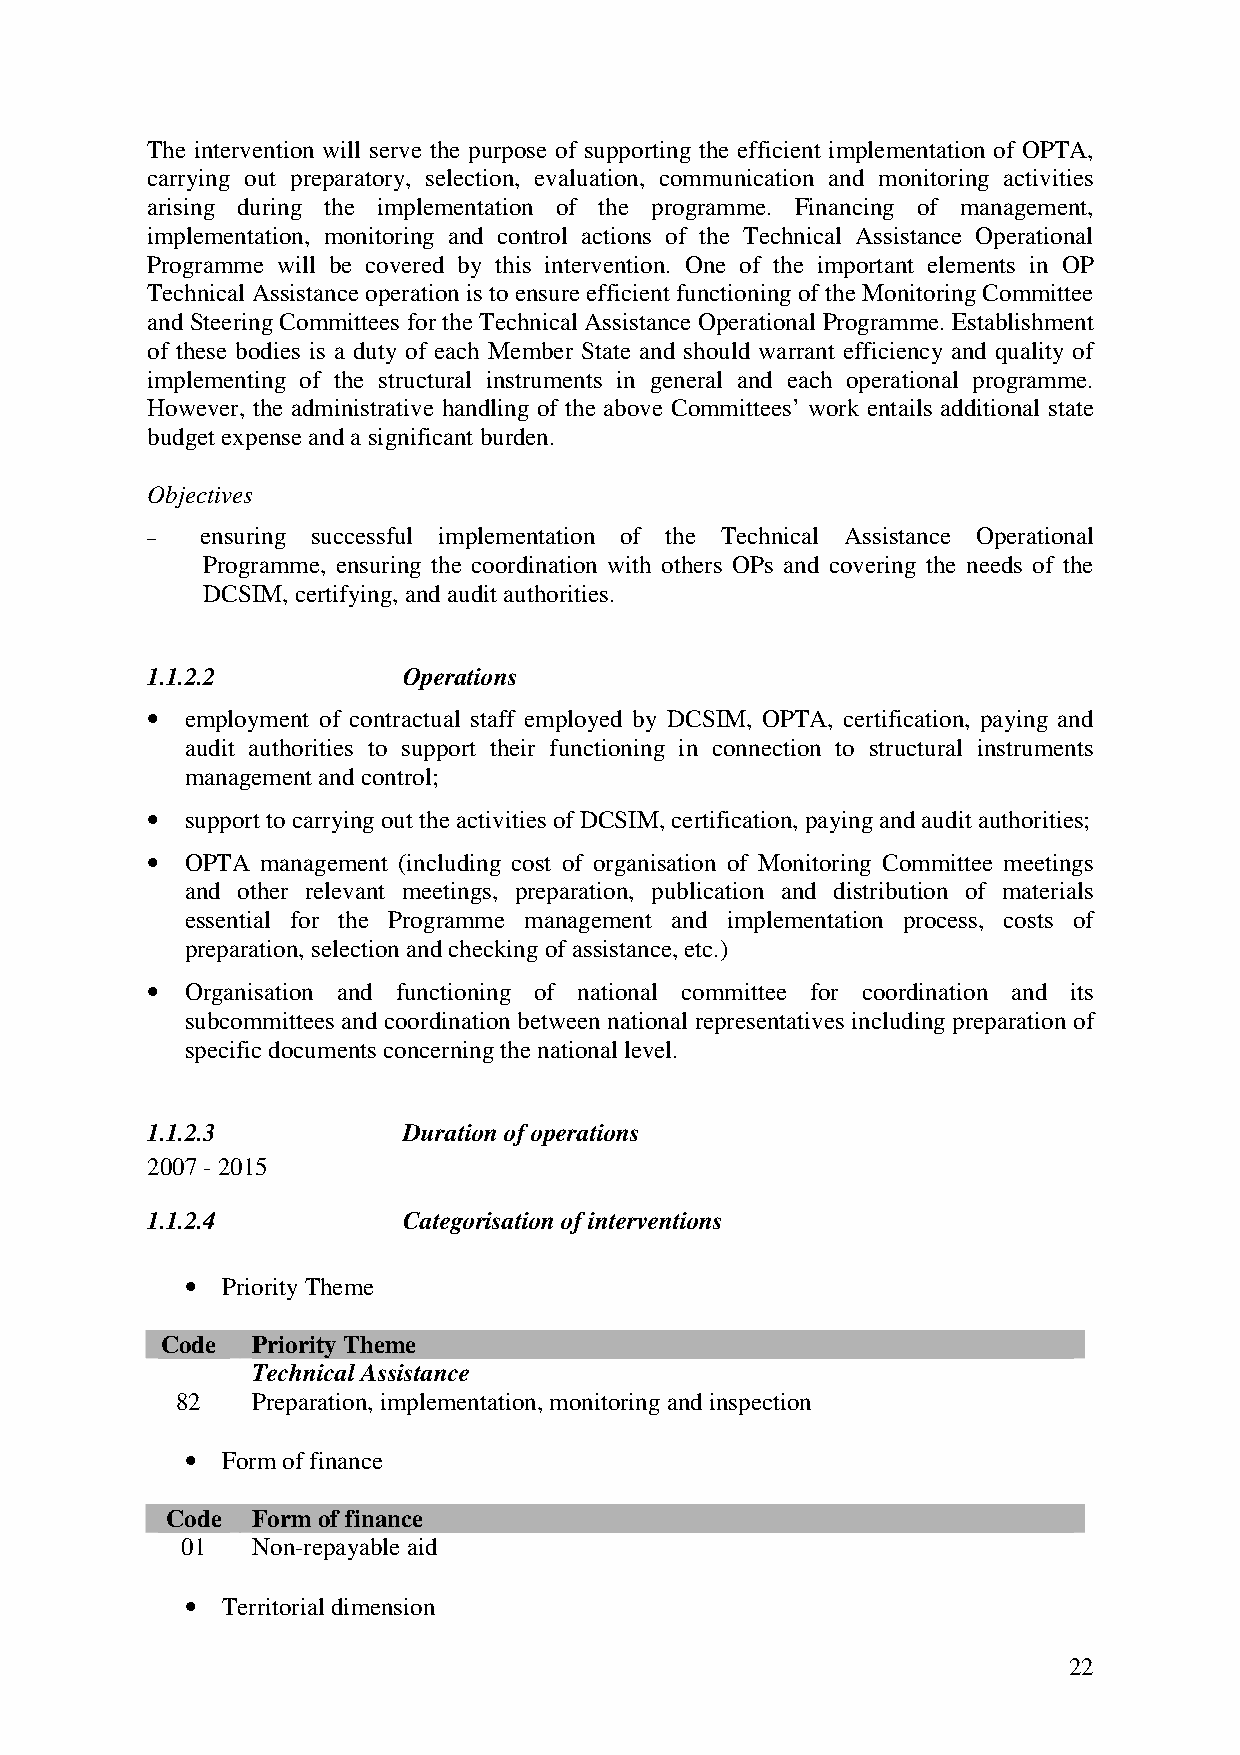
The intervention will serve the purpose of supporting the efficient implementation of OPTA,
 carrying out preparatory, selection, evaluation, communication and monitoring activities
 arising during the implementation of the programme. Financing of management,
 implementation, monitoring and control actions of the Technical Assistance Operational
 Programme will be covered by this intervention. One of the important elements in OP
 Technical Assistance operation is to ensure efficient functioning of the Monitoring Committee
 and Steering Committees for the Technical Assistance Operational Programme. Establishment
 of these bodies is a duty of each Member State and should warrant efficiency and quality of
 implementing of the structural instruments in general and each operational programme.
 However, the administrative handling of the above Committees’ work entails additional state
 budget expense and a significant burden.
 Objectives
 ensuring successful implementation of the Technical Assistance Operational
 −
 Programme, ensuring the coordination with others OPs and covering the needs of the
 DCSIM, certifying, and audit authorities.
 1.1.2.2          Operations
 • employment of contractual staff employed by DCSIM, OPTA, certification, paying and
 audit authorities to support their functioning in connection to structural instruments
 management and control;
 • support to carrying out the activities of DCSIM, certification, paying and audit authorities;
 • OPTA management (including cost of organisation of Monitoring Committee meetings
 and other relevant meetings, preparation, publication and distribution of materials
 essential for the Programme management and implementation process, costs of
 preparation, selection and checking of assistance, etc.)
 • Organisation and functioning of national committee for coordination and its
 subcommittees and coordination between national representatives including preparation of
 specific documents concerning the national level.
 1.1.2.3          Duration of operations
 2007 - 2015
 1.1.2.4          Categorisation of interventions
 •  Priority Theme
 Code  Priority Theme
 Technical Assistance
 82   Preparation, implementation, monitoring and inspection
 •  Form of finance
 Code  Form of finance
 01   Non-repayable aid
 •  Territorial dimension
 22